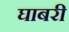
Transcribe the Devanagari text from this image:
घाबरी